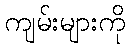
ကျမ်းများကို